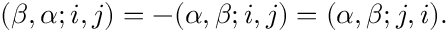
( \beta , \alpha ; i , j ) = - ( \alpha , \beta ; i , j ) = ( \alpha , \beta ; j , i ) .